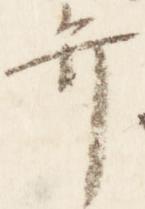
弁